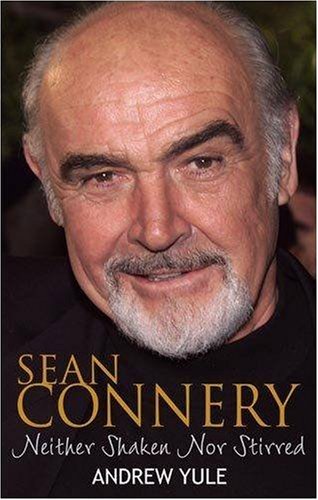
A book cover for Sean Connery: Neither Shaken nor Stirred; Andrew Yule; Humor & Entertainment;